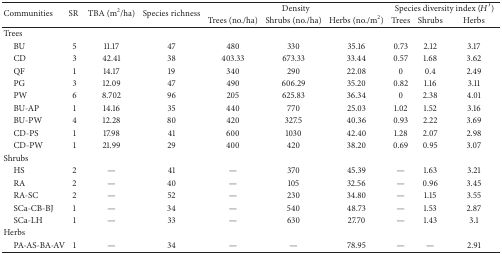
| <ROWSPAN=2> Communities | <ROWSPAN=2> SR | <ROWSPAN=2> TBA (m2/ha) | <ROWSPAN=2> Species richness | <COLSPAN=3> Density | <COLSPAN=3> Species diversity index (H′) |
 | Trees (no./ha) | Shrubs (no./ha) | Herbs (no./m2) | Trees | Shrubs | Herbs |
 | --- | --- | --- | --- | --- | --- | --- | --- | --- | --- |
 | Trees |  |  |  |  |  |  |  |  |  |
 | BU | 5 | 11.17 | 47 | 480 | 330 | 35.16 | 0.73 | 2.12 | 3.17 |
 | CD | 3 | 42.41 | 38 | 403.33 | 673.33 | 33.44 | 0.57 | 1.68 | 3.62 |
 | QF | 1 | 14.17 | 19 | 340 | 290 | 22.08 | 0 | 0.4 | 2.49 |
 | PG | 3 | 12.09 | 47 | 490 | 606.29 | 35.20 | 0.82 | 1.16 | 3.11 |
 | PW | 6 | 8.702 | 96 | 205 | 625.83 | 36.34 | 0 | 2.38 | 4.01 |
 | BU-AP | 1 | 14.16 | 35 | 440 | 770 | 25.03 | 1.02 | 1.52 | 3.16 |
 | BU-PW | 4 | 12.28 | 80 | 420 | 327.5 | 40.36 | 0.93 | 2.22 | 3.69 |
 | CD-PS | 1 | 17.98 | 41 | 600 | 1030 | 42.40 | 1.28 | 2.07 | 2.98 |
 | CD-PW | 1 | 21.99 | 29 | 400 | 420 | 38.20 | 0.69 | 0.95 | 3.07 |
 | Shrubs |  |  |  |  |  |  |  |  |  |
 | HS | 2 | — | 41 | — | 370 | 45.39 | — | 1.63 | 3.21 |
 | RA | 2 | — | 40 | — | 105 | 32.56 | — | 0.96 | 3.45 |
 | RA-SC | 2 | — | 52 | — | 230 | 34.80 | — | 1.15 | 3.55 |
 | SCa-CB-BJ | 1 | — | 34 | — | 540 | 48.73 | — | 1.53 | 2.87 |
 | SCa-LH | 1 | — | 33 | — | 630 | 27.70 | — | 1.43 | 3.1 |
 | Herbs |  |  |  |  |  |  |  |  |  |
 | PA-AS-BA-AV | 1 | — | 34 | — | — | 78.95 | — | — | 2.91 |